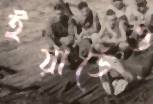
ইয়ার্ডেও